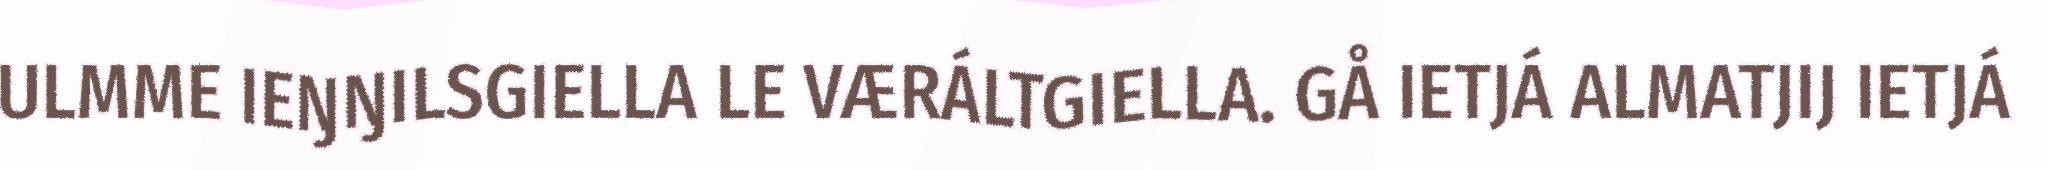
ULMME IEŊŊILSGIELLA LE VÆRÁLTGIELLA. GÅ IETJÁ ALMATJIJ IETJÁ